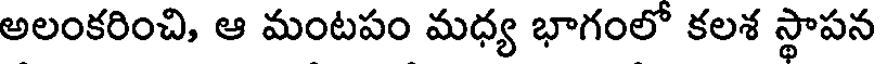
అలంకరించి, ఆ మంటపం మధ్య భాగంలో కలశ స్థాపన